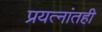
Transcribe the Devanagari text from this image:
प्रयत्‍नांतही